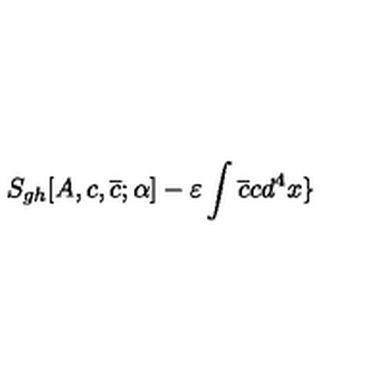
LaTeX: S _ { g h } [ A , c , \overline { { c } } ; \alpha ] - \varepsilon \int \overline { { c } } c d ^ { 4 } x \}